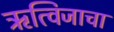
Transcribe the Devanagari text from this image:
ऋत्विजाचा